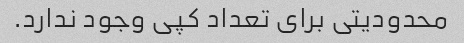
محدودیتی برای تعداد کپی وجود ندارد.